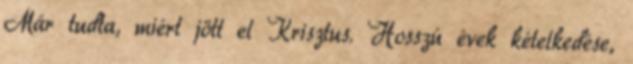
Már tudta, miért jött el Krisztus. Hosszú évek kételkedése,